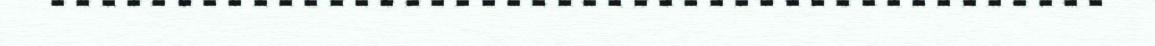
‐‐‐‐‐‐‐‐‐‐‐‐‐‐‐‐‐‐‐‐‐‐‐‐‐‐‐‐‐‐‐‐‐‐‐‐‐‐‐‐‐‐